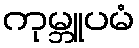
ကုမ္ဘူပမံ